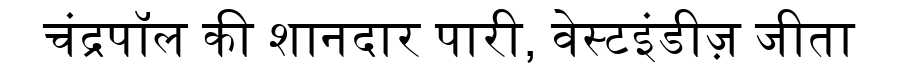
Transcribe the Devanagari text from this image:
चंद्रपॉल की शानदार पारी, वेस्टइंडीज़ जीता